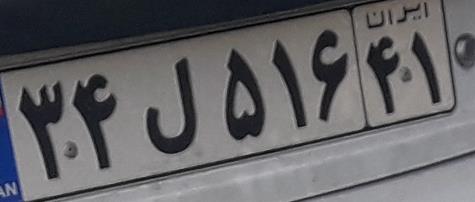
۳۴ل۵۱۶۴۱